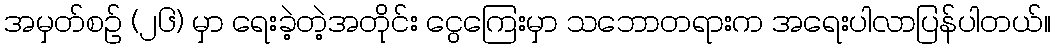
အမှတ်စဉ် (၂၆) မှာ ရေးခဲ့တဲ့အတိုင်း ငွေကြေးမှာ သဘောတရားက အရေးပါလာပြန်ပါတယ်။